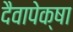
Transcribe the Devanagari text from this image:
दैवापेक्षा